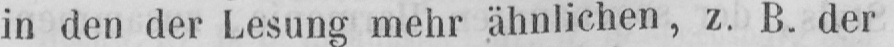
in den der Lesung mehr ähnlichen, z. B. der